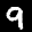
Label: 9